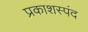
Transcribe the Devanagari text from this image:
प्रकाशस्पंद